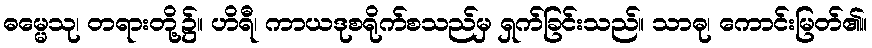
ဓမ္မေသု၊ တရားတို့၌။ ဟိရီ၊ ကာယဒုစရိုက်စသည်မှ ရှက်ခြင်းသည်။ သာဓု၊ ကောင်းမြတ်၏။